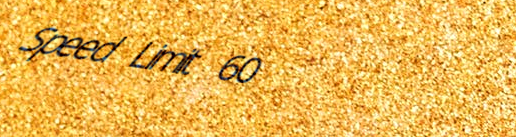
Speed Limit 60